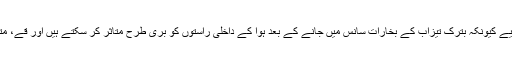
تیزاب کی صفائی ماہرین کی جانب سے چاہیے کیونکہ بترک تیزاب کے بخارات سانس میں جانے کے بعد ہوا کے داخلی راستوں کو بری طرح متاثر کر سکتے ہیں اور قے، متلی اور دیگر علامات کا سبب بن سکتے ہیں۔